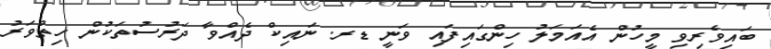
ބައިވެރިވި މީހުން އެއަމަލު ހިންގައިފައި ވަނީ ޑރ. ނައިކް ދެއްވާ ދަރުސުތަކުން ހިތްވަރު